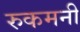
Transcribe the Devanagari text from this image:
रुकमनी